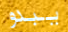
يبدو